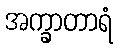
အက္ခာတာရံ